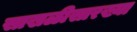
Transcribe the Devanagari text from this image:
साखळीसारख्या